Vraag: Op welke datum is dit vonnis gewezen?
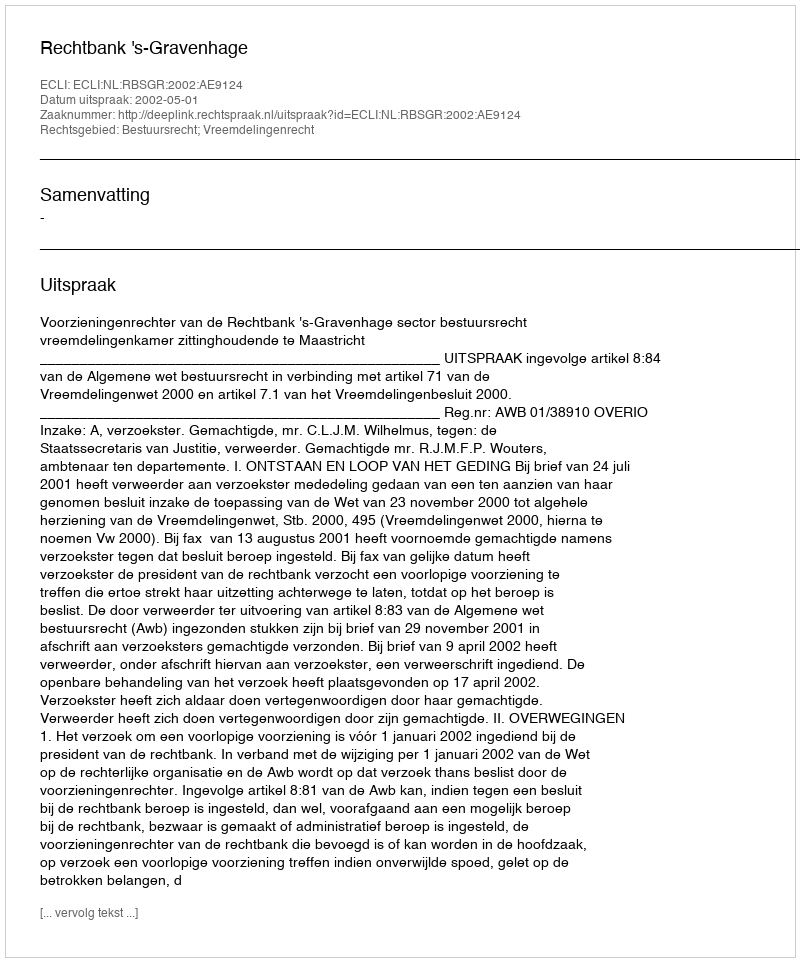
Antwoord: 2002-05-01